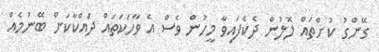
ގޭންގު ކުށްތައް ލޮލުން ދެކެފައިވާ މީހުން ވެސް އެ ވާހަކަތައް ދައްކާކަށް ބޭނުމެއް